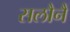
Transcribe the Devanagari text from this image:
सलौनैं